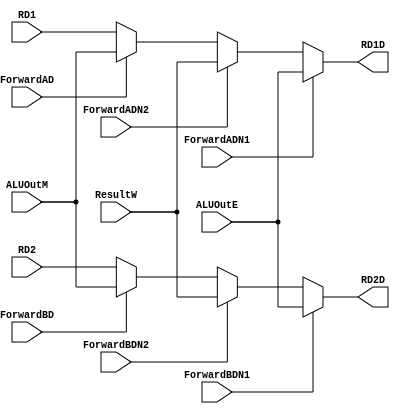
`timescale 1ns / 1ps

// Read First Mode

module RegForwardD #(parameter WIDTH=32)
   (
    input ForwardAD,
    input ForwardBD,
	 input ForwardADN1,
	 input ForwardBDN1,
	 input ForwardADN2,
	 input ForwardBDN2,
    input [WIDTH-1:0]  ALUOutM,
	 input [WIDTH-1:0]  ALUOutE,
	 input [WIDTH-1:0]  ResultW,
    input [WIDTH-1:0]  RD1,
    input [WIDTH-1:0]  RD2,
    output [WIDTH-1:0] RD1D,
    output [WIDTH-1:0] RD2D
    );

   assign RD1D=(ForwardADN1)?ALUOutE:(ForwardADN2)?ResultW:(ForwardAD)?ALUOutM:RD1;
   assign RD2D=(ForwardBDN1)?ALUOutE:(ForwardBDN2)?ResultW:(ForwardBD)?ALUOutM:RD2;
   
endmodule // RegForwardD